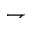
\rightharpoondown